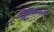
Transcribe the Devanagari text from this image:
शुकिकामता